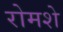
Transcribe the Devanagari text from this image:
रोमशे